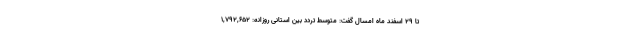
تا ۲۹ اسفند ماه امسال گفت: متوسط تردد بین استانی روزانه: ۱,۷۹۲,۶۵۲